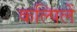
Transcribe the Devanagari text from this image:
कल्पिलें